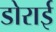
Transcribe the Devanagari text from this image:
डोराई